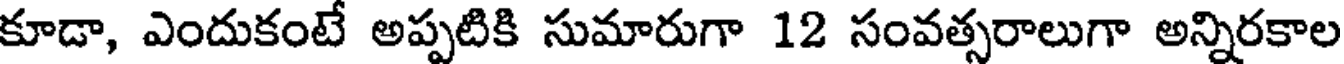
కూడా, ఎందుకంటే అప్పటికి సుమారుగా 12 సంవత్సరాలుగా అన్నిరకాల